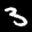
Label: 3